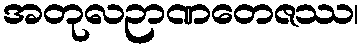
အတုလဉာဏတေဇဿ၊